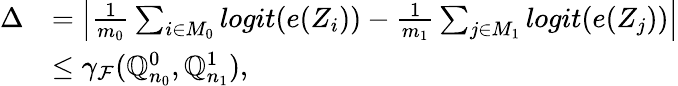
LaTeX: \begin{array}{rl}{\Delta}&{=\left|\frac{1}{m_{0}}\sum_{i\in M_{0}}logit(e(Z_{i}))-\frac{1}{m_{1}}\sum_{j\in M_{1}}logit(e(Z_{j}))\right|}\\ &{\leq\gamma_{\mathcal{F}}(\mathbb{Q}_{n_{0}}^{0},\mathbb{Q}_{n_{1}}^{1}),}\end{array}